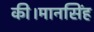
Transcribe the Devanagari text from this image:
की।मानसिंह